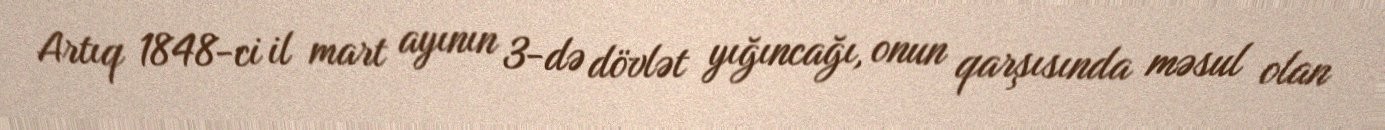
Artıq 1848-ci il mart ayının 3-də dövlət yığıncağı, onun qarşısında məsul olan